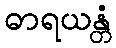
ဓာရယန္တံ